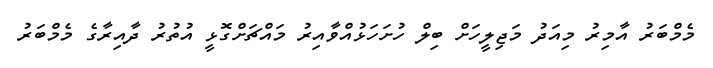
މެމްބަރު އާމިރު މިއަދު މަޖިލީހަށް ބިލް ހުށަހަޅުއްވާއިރު މައްޗަށްގޮޅީ އުތުރު ދާއިރާގެ މެމްބަރު